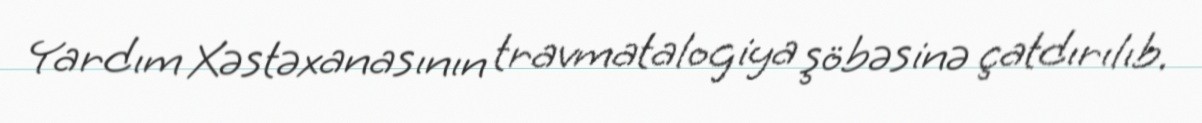
Yardım Xəstəxanasının travmatalogiya şöbəsinə çatdırılıb.